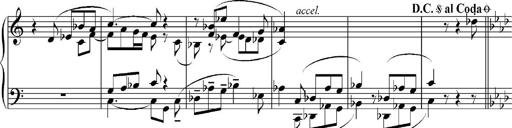
Title: Sonatina No.5
Composer: Otto Stoll
Key: F-sharp minor